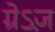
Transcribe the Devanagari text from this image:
ग्रेऽज़